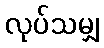
လုပ်သမျှ